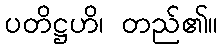
ပတိဋ္ဌဟိ၊ တည်၏။